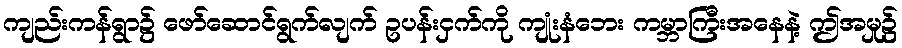
ကျည်းကန်ရွာ၌ ဖော်ဆောင်ရွက်လျက် ဥပန်းငှက်ကို ကျုံးနံဘေး ကမ္ဘာကြီးအနေနဲ့ ဤအမှု၌